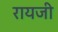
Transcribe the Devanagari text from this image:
रायजी